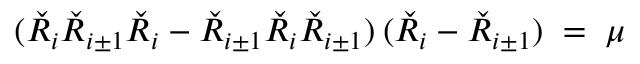
( \check { R } _ { i } \check { R } _ { i \pm 1 } \check { R } _ { i } - \check { R } _ { i \pm 1 } \check { R } _ { i } \check { R } _ { i \pm 1 } ) \: ( \check { R } _ { i } - \check { R } _ { i \pm 1 } ) \; = \; \mu